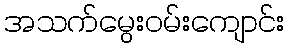
အသက်မွေးဝမ်းကျောင်း